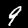
Label: 9